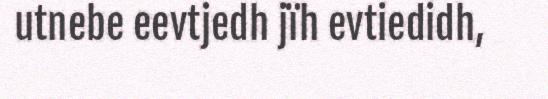
utnebe eevtjedh jïh evtiedidh,